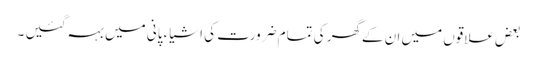
بعض علاقوں میں ان کےگھر کی تمام ضرورت کی اشیاء پانی میں بہہ گئیں ۔